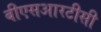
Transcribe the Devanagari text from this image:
बीएसआरटीसी